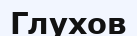
Глухов